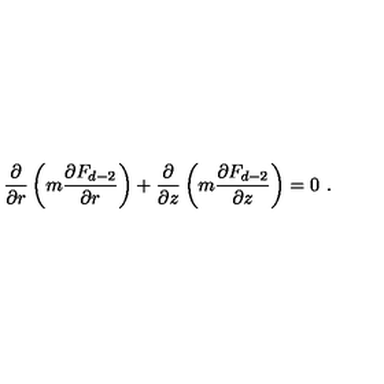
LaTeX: \frac { \partial } { \partial r } \left( m \frac { \partial F _ { d - 2 } } { \partial r } \right) + \frac { \partial } { \partial z } \left( m \frac { \partial F _ { d - 2 } } { \partial z } \right) = 0 \ .